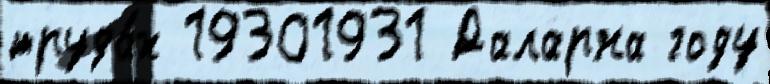
труда́х 19301931 Даларна году